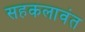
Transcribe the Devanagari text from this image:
सहकलावंत